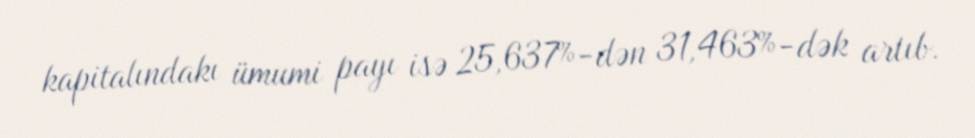
kapitalındakı ümumi payı isə 25,637%-dən 31,463%-dək artıb.